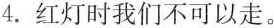
4.红灯时我们不可以走。